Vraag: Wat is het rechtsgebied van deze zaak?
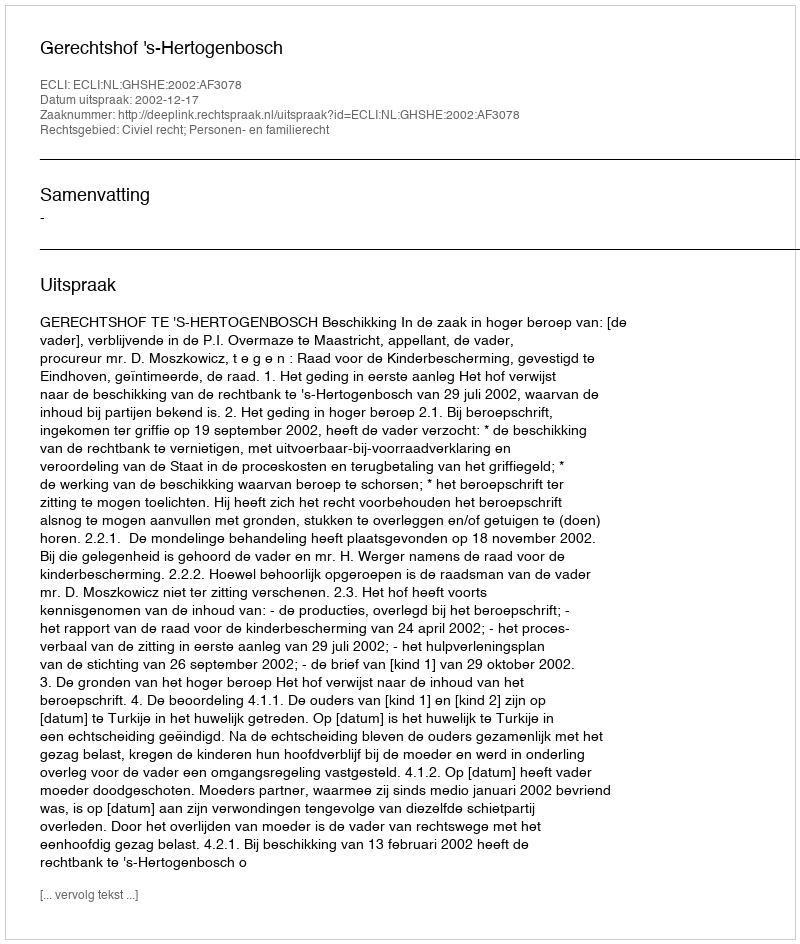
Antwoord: Civiel recht; Personen- en familierecht